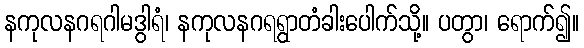
နကုလနဂရဂါမဒွါရံ၊ နကုလနဂရရွာတံခါးပေါက်သို့။ ပတွာ၊ ရောက်၍။